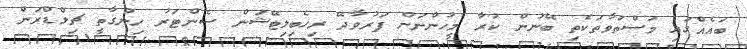
ބައެއްގައި މަސްތުވާތަކެތި ބޭނުން ކުރާ މީހުންނަށް ފަރުވާދޭ ރިހެބިލިޓޭޝަން ސެންޓަރު ހިންގާތީ ޗިލްޑްރަން